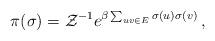
LaTeX: \begin{align*} \pi(\sigma) = \mathcal{Z}^{-1} e^{\beta \sum_{uv\in E} \sigma(u)\sigma(v) } \,,\end{align*}